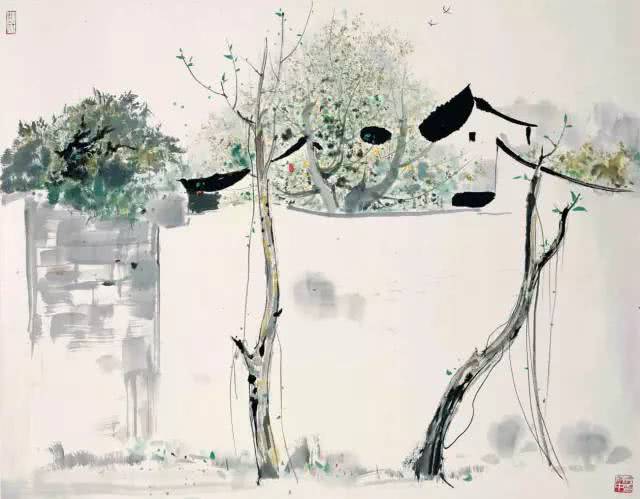
千里莺啼绿映红，水村山郭酒旗风。